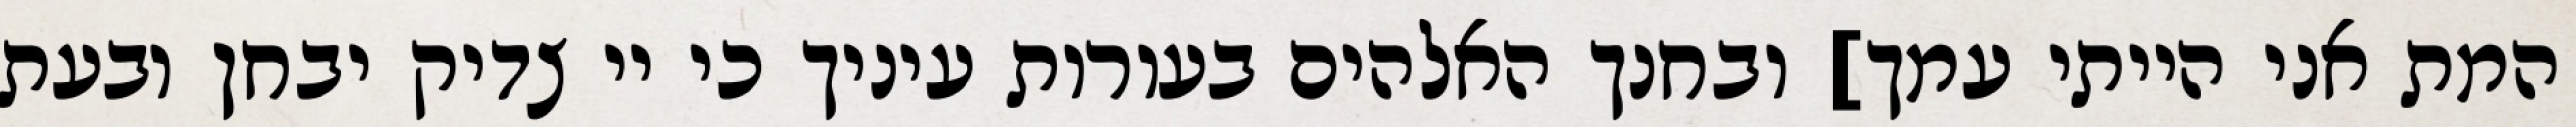
המת אני הייתי עמך] ובחנך האלהים בעורות עיניך כי יי צדיק יבחן ובעת